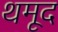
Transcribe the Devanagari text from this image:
थमूद